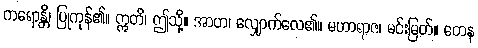
ကရောန္တိ၊ ပြုကုန်၏။ ဣတိ၊ ဤသို့။ အာဟ၊ လျှောက်လေ၏။ မဟာရာဇ၊ မင်းမြတ်။ တေန